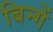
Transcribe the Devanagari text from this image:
बिन्गें